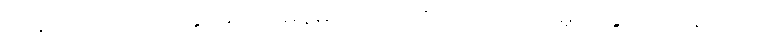
ဟိန်းထက်အောင်နှင့် ဓာတ်မှန်များကို ရာဇသံ ကိုယ်ပိုင်မူပိုင်ခွင့် ဝတ်စုံကုဒ်